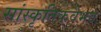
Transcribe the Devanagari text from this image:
सांस्कृतिकवैभव